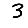
Digit: 3